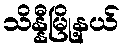
သိန္နီမြို့နယ်